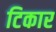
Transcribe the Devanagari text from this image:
टिकार